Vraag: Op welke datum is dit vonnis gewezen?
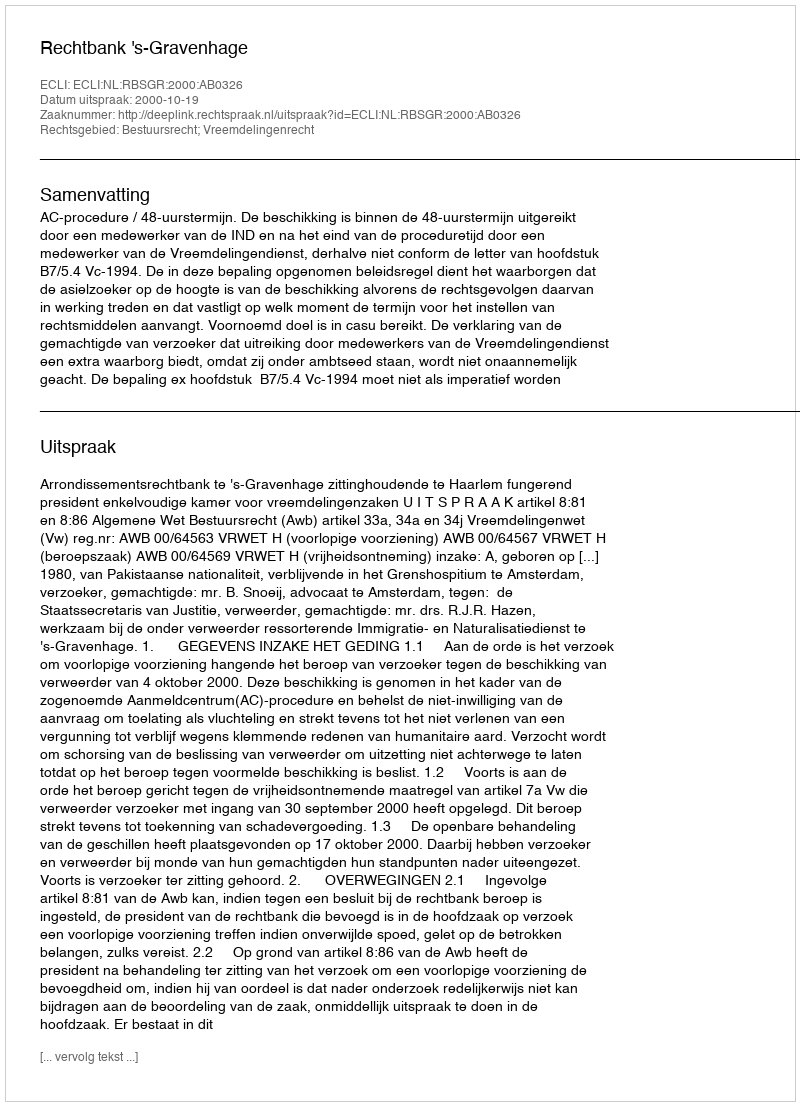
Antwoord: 2000-10-19